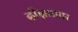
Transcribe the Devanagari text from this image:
दीक्षाप्राप्त